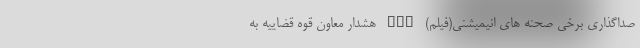
صداگذاری برخی صحنه های انیمیشنی(فیلم) nan هشدار معاون قوه قضاییه به